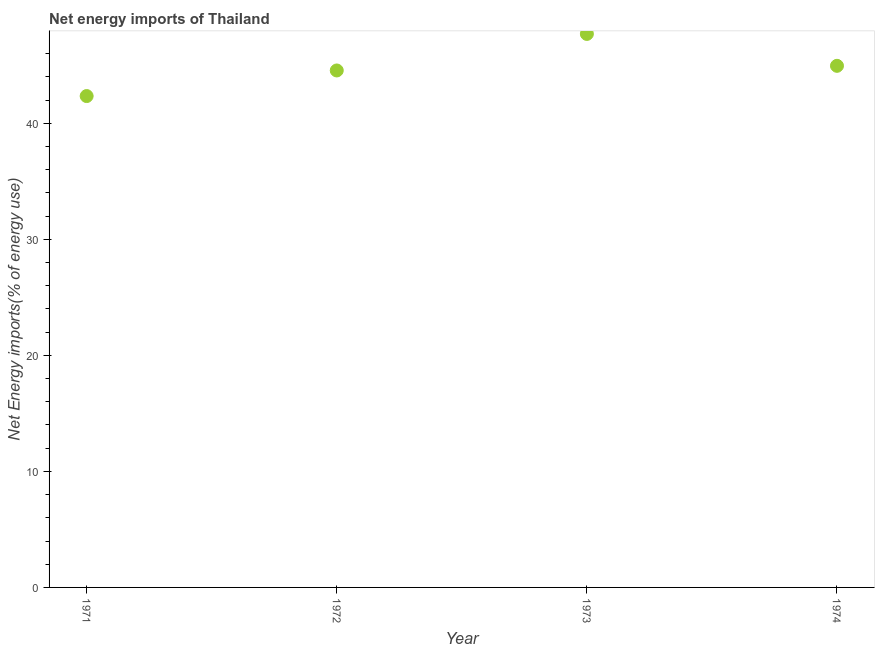
| Year | Energy imports |
 | --- | --- |
 | 1971 | 42.3 |
 | 1972 | 44.5 |
 | 1973 | 47.7 |
 | 1974 | 44.9 |